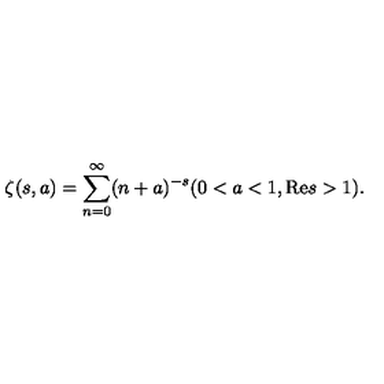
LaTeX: \zeta ( s , a ) = \sum _ { n = 0 } ^ { \infty } ( n + a ) ^ { - s } ( 0 < a < 1 , \mathrm { R e } s > 1 ) .